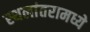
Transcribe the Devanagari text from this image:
स्थलांतरामध्ये